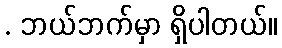
. ဘယ်ဘက်မှာ ရှိပါတယ်။